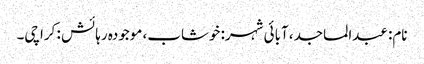
نام: عبدالماجد، آبائی شہر: خوشاب، موجودہ رہائش : کراچی۔